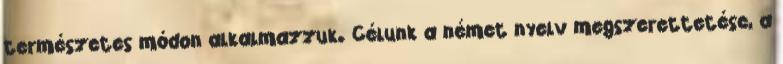
természetes módon alkalmazzuk. Célunk a német nyelv megszerettetése, a